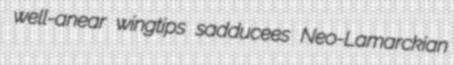
well-anear wingtips sadducees Neo-Lamarckian